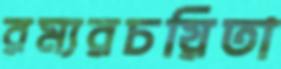
রম্যরচয়িতা